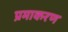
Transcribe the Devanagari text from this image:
प्रमाकरण